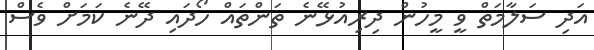
އަދި ސަލާމަތް ވީ މީހުން ދިރިއުޅޭނެ ތަންތައް ހޯދައި ދޭނެ ކަމަށް ވެސް